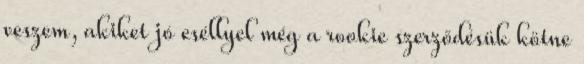
veszem, akiket jó eséllyel még a rookie szerződésük kötne